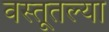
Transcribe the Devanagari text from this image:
वस्तूतल्या